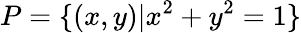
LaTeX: P=\{ (x,y)|x^{2}+y^{2}=1\}